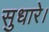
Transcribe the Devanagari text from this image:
सुधारे।